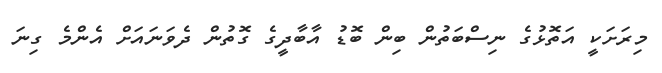
މިރަށަކީ އަތޮޅުގެ ނިސްބަތުން ބިން ބޮޑު އާބާދީގެ ގޮތުން ދެވަނައަށް އެންމެ ގިނަ